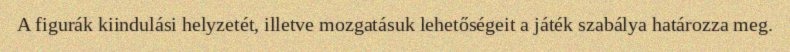
A figurák kiindulási helyzetét, illetve mozgatásuk lehetőségeit a játék szabálya határozza meg.